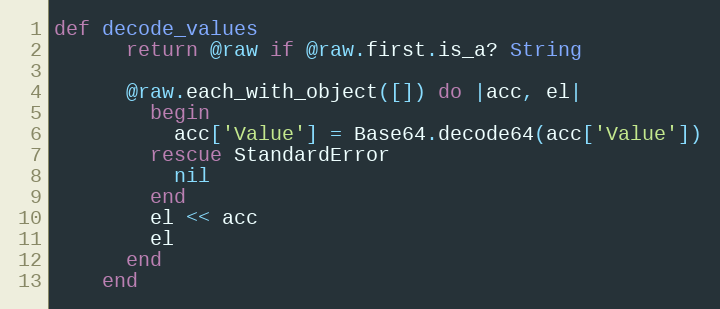
Language: Ruby
def decode_values
      return @raw if @raw.first.is_a? String

      @raw.each_with_object([]) do |acc, el|
        begin
          acc['Value'] = Base64.decode64(acc['Value'])
        rescue StandardError
          nil
        end
        el << acc
        el
      end
    end